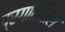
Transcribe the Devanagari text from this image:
प्रगतिशिल